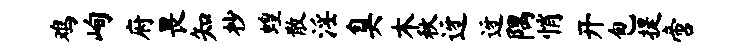
鸡峋府畏知杪蝗散淫臭木秋迓迓隅悄开包提啻